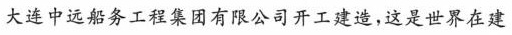
大连中远船务工程集团有限公司开工建造，这是世界在建